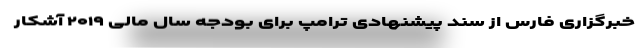
خبرگزاری فارس از سند پیشنهادی ترامپ برای بودجه سال مالی ۲۰۱۹ آشکار